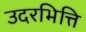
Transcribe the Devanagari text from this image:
उदरभित्ति